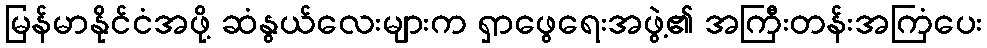
မြန်မာနိုင်ငံအဖို့ ဆံနွယ်လေးများက ရှာဖွေရေးအဖွဲ့၏ အကြီးတန်းအကြံပေး